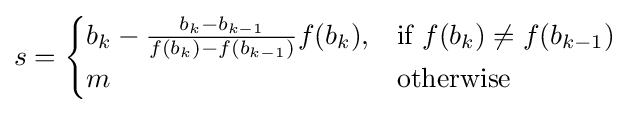
s={\begin{cases}b_{k}-{\frac {b_{k}-b_{k-1}}{f(b_{k})-f(b_{k-1})}}f(b_{k}),&{\mbox{if }}f(b_{k})\neq f(b_{k-1})\\m&{\mbox{otherwise }}\end{cases}}